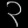
Digit: ၃